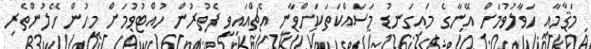
މަޤާމާއި ހަވާލުވުމަށް އޭނާގެ މައިގަނޑު މަސައްކަތަކަށްވާނީ އެޗްއައިވީ ފެތުރުން ހުއްޓުވުމަށް މީހުން ހޭލުންތެރި